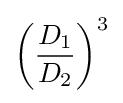
\left({\frac {D_{1}}{D_{2}}}\right)^{3}